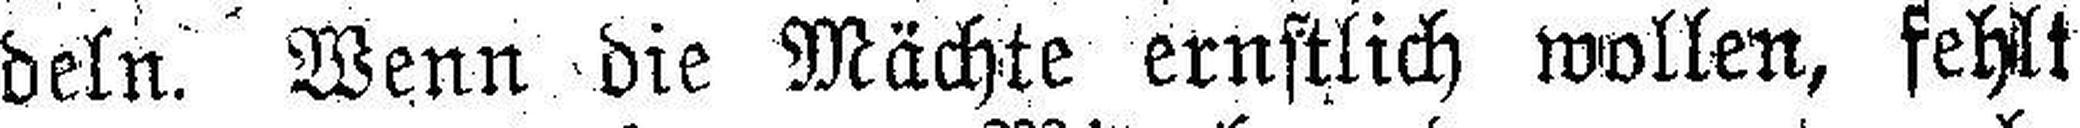
deln. Wenn die Mächte ernstlich wollen, fehlt